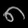
Digit: ၈